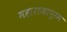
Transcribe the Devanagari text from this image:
महाराजापुरम